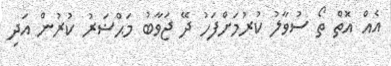
އެއް އޮތް ތޯ ސުވާލު ކުރުމަށްފަހު ދޭ ޖަވާބު މަޙްޟަރު ކުރުން އަދި